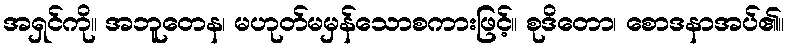
အရှင်ကို။ အဘူတေန၊ မဟုတ်မမှန်သောစကားဖြင့်။ စုဒိတော၊ စောဒနာအပ်၏။